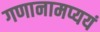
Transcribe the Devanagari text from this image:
गणानामप्ययं